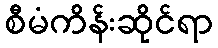
စီမံကိန်းဆိုင်ရာ